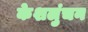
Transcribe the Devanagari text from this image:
केशलुंचन